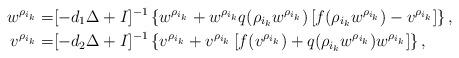
LaTeX: \begin{align*}w^{\rho_{i_k}}= &[-d_1\Delta+I]^{-1}\left\{ w^{\rho_{i_k}}+w^{\rho_{i_k}}q(\rho_{i_k}w^{\rho_{i_k}})\left[f(\rho_{i_k}w^{\rho_{i_k}})-v^{\rho_{i_k}}\right]\right\},\\v^{\rho_{i_k}}=&[-d_2\Delta+I]^{-1}\left\{ v^{\rho_{i_k}}+v^{\rho_{i_k}}\left[f(v^{\rho_{i_k}})+q(\rho_{i_k}w^{\rho_{i_k}})w^{\rho_{i_k}}\right]\right\},\end{align*}